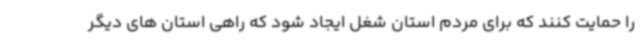
را حمایت کنند که برای مردم استان شغل ایجاد شود که راهی استان های دیگر